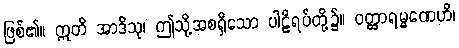
ဖြစ်၏။ ဣတိ အာဒိသု၊ ဤသို့အစရှိသော ပါဠိရပ်တို့၌။ ဝတ္ထာရမ္မဏေဟိ၊